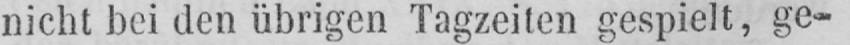
nicht bei den übrigen Tagzeiten gespielt, ge-